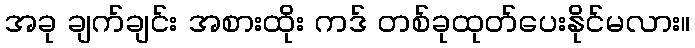
အခု ချက်ချင်း အစားထိုး ကဒ် တစ်ခုထုတ်ပေးနိုင်မလား။